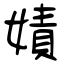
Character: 嫧